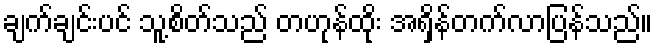
ချက်ချင်းပင် သူ့စိတ်သည် တဟုန်ထိုး အရှိန်တက်လာပြန်သည်။